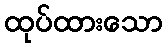
ထုပ်ထားသော